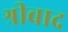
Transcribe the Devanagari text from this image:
श्रीबाद